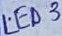
Text: LED3